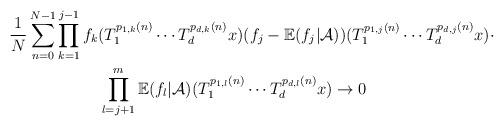
LaTeX: \begin{align*} \frac{1}{N}\sum_{n=0}^{N-1}&\prod_{k=1}^{j-1}f_k(T_{1}^{p_{1,k}(n)}\cdots T_{d}^{p_{d,k}(n)}x)(f_j-\mathbb{E}(f_j|\mathcal{A}))(T_{1}^{p_{1,j}(n)}\cdots T_{d}^{p_{d,j}(n)}x)\cdot\\&\ \ \ \ \ \ \ \ \prod_{l=j+1}^{m}\mathbb{E}(f_{l}|\mathcal{A})(T_{1}^{p_{1,l}(n)}\cdots T_{d}^{p_{d,l}(n)}x)\rightarrow 0 \end{align*}